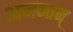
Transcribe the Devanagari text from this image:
अनन्तम्